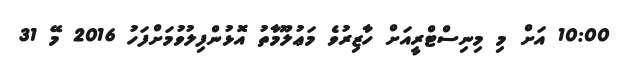
10:00 އަށް މި މިނިސްޓްރީއަށް ހާޒިރުވެ މަޢުލޫމާތު އޮޅުންފިލުވުމަށްފަހު 2016 މޭ 31